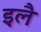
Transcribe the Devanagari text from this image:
इलै